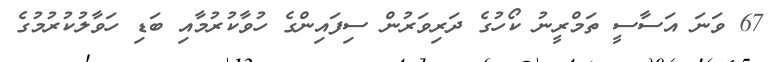
67 ވަނަ އަސާސީ ތަމްރީނު ކޯހުގެ ދަރިވަރުން ސިފައިންގެ ހުވާކުރުމާއި ބަޑި ހަވާލުކުރުމުގެ